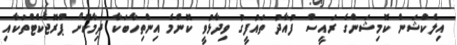
އިލެކްޝަން ކޮމިޝަންގެ ރައީސް ފުއާދު ތައުފީގު ވިދާޅުވީ ކޮންމެ އިންތިހާބަކާ ދިމާކޮށް ޕްރޮޖެކްޓްތަކާއި